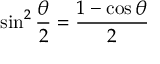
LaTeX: \sin ^ { 2 } { \frac { \theta } { 2 } } = { \frac { 1 - \cos \theta } { 2 } }